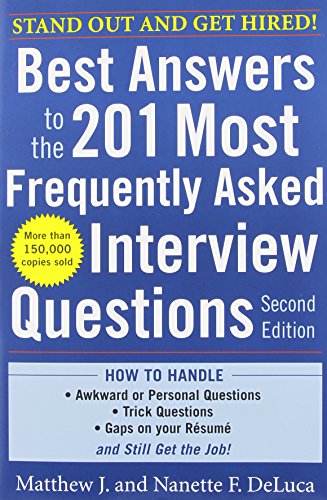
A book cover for Best Answers to the 201 Most Frequently Asked Interview Questions, Second Edition; Matthew DeLuca; Business & Money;